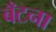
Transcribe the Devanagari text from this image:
बँटना